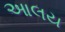
આલય